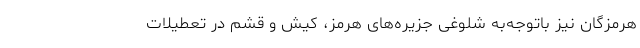
هرمزگان نیز باتوجه‌به شلوغی جزیره‌های هرمز، کیش و قشم در تعطیلات